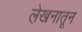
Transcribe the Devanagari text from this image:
ले़खनातून